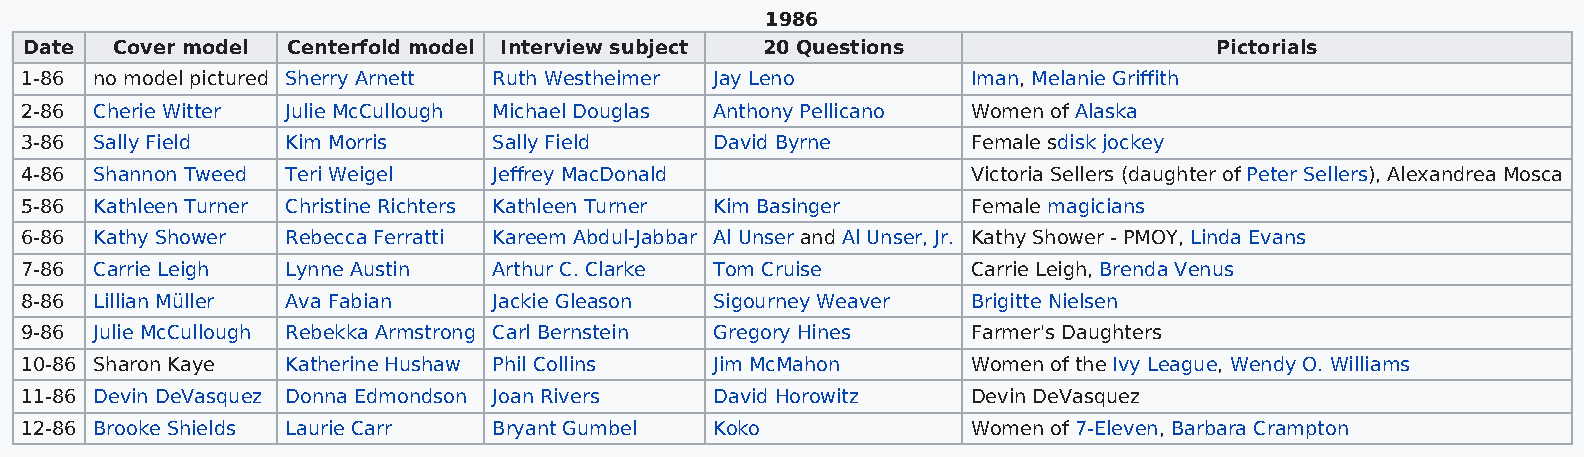
1986
 Date Cover model Centerfold model Interview subject 20 Questions              Pictorials
 1-86 no model pictured Sherry Arnett Ruth Westheimer Jay Leno  Iman, Melanie Griffith
 2-86 Cherie Witter Julie McCullough Michael Douglas Anthony Pellicano Women of Alaska
 3-86 Sally Field  Kim Morris    Sally Field   David Byrne      Female sdisk jockey
 4-86 Shannon Tweed Teri Weigel  Jeffrey MacDonald              Victoria Sellers (daughter of Peter Sellers), Alexandrea Mosca
 5-86 Kathleen Turner Christine Richters Kathleen Turner Kim Basinger Female magicians
 6-86 Kathy Shower Rebecca Ferratti Kareem Abdul-Jabbar Al Unser and Al Unser, Jr. Kathy Shower - PMOY, Linda Evans
 7-86 Carrie Leigh Lynne Austin  Arthur C. Clarke Tom Cruise    Carrie Leigh, Brenda Venus
 8-86 Lillian Müller Ava Fabian  Jackie Gleason Sigourney Weaver Brigitte Nielsen
 9-86 Julie McCullough Rebekka Armstrong Carl Bernstein Gregory Hines Farmer's Daughters
 10-86 Sharon Kaye Katherine Hushaw Phil Collins Jim McMahon    Women of the Ivy League, Wendy O. Williams
 11-86 Devin DeVasquez Donna Edmondson Joan Rivers David Horowitz Devin DeVasquez
 12-86 Brooke Shields Laurie Carr Bryant Gumbel Koko            Women of 7-Eleven, Barbara Crampton